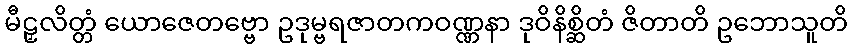
မီဠှလိတ္တံ ယောဇေတဗ္ဗော ဥဒုမ္ဗရဇာတကဝဏ္ဏနာ ဒုဝိနိစ္ဆိတံ ဇိတာတိ ဥဘောသူတိ